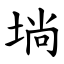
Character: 埫